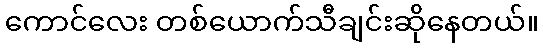
ကောင်လေး တစ်ယောက်သီချင်းဆိုနေတယ်။